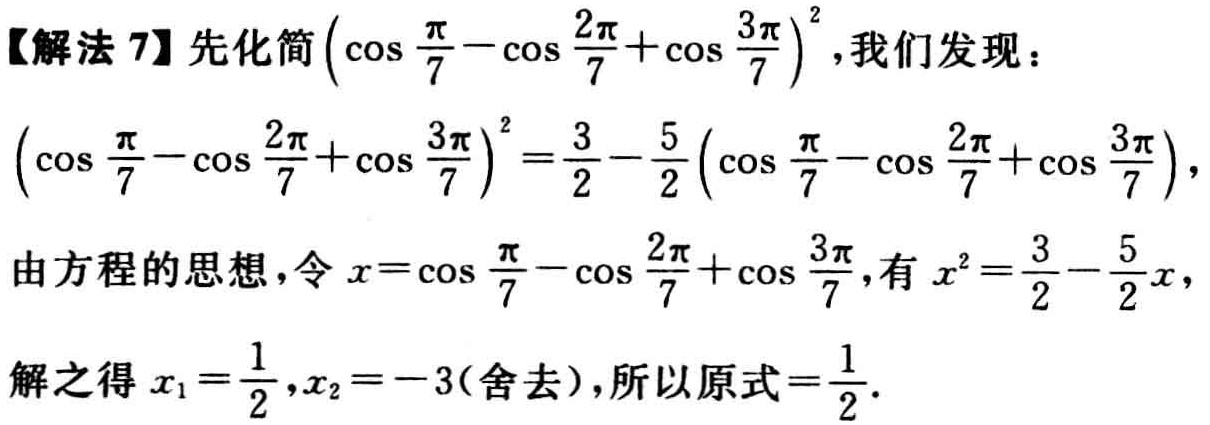
【解法 7】先化简\((\cos\frac{\pi}{7} - \cos\frac{2\pi}{7} + \cos\frac{3\pi}{7})^2\)，我们发现：

\((\cos\frac{\pi}{7} - \cos\frac{2\pi}{7} + \cos\frac{3\pi}{7})^2=\frac{3}{2}-\frac{5}{2}(\cos\frac{\pi}{7} - \cos\frac{2\pi}{7} + \cos\frac{3\pi}{7})\)，

由方程的思想，令\(x = \cos\frac{\pi}{7} - \cos\frac{2\pi}{7} + \cos\frac{3\pi}{7}\)，有\(x^2=\frac{3}{2}-\frac{5}{2}x\)，

解之得\(x_1=\frac{1}{2},x_2 = - 3\)(舍去)，所以原式\(=\frac{1}{2}\)。